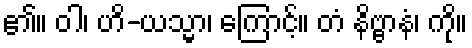
၏။ ဝါ၊ ဟိ-ယသ္မာ၊ ကြောင့်။ တံ နိဗ္ဗာနံ၊ ကို။